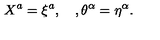
X ^ { a } = \xi ^ { a } , \quad , \theta ^ { \alpha } = \eta ^ { \alpha } .